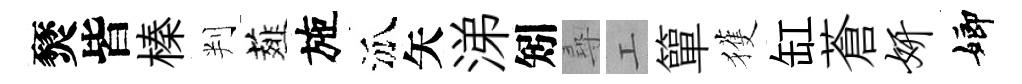
燹皆榛判薤施泒矢涕矧尋工簞獲缸蒼妍嫏